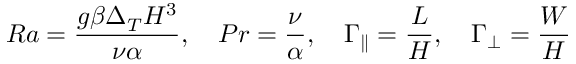
R a = \frac { g \beta \Delta _ { T } H ^ { 3 } } { \nu \alpha } , \ \ \ P r = \frac { \nu } { \alpha } , \ \ \ \Gamma _ { \parallel } = \frac { L } { H } , \ \ \ \Gamma _ { \perp } = \frac { W } { H }